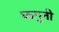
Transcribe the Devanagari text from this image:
फगुनी